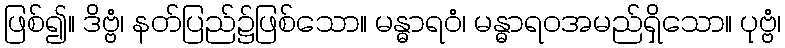
ဖြစ်၍။ ဒိဗ္ဗံ၊ နတ်ပြည်၌ဖြစ်သော။ မန္ဓာရဝံ၊ မန္ဓာရဝအမည်ရှိသော။ ပုဗ္ဗံ၊